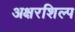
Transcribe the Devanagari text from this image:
अक्षरशिल्प